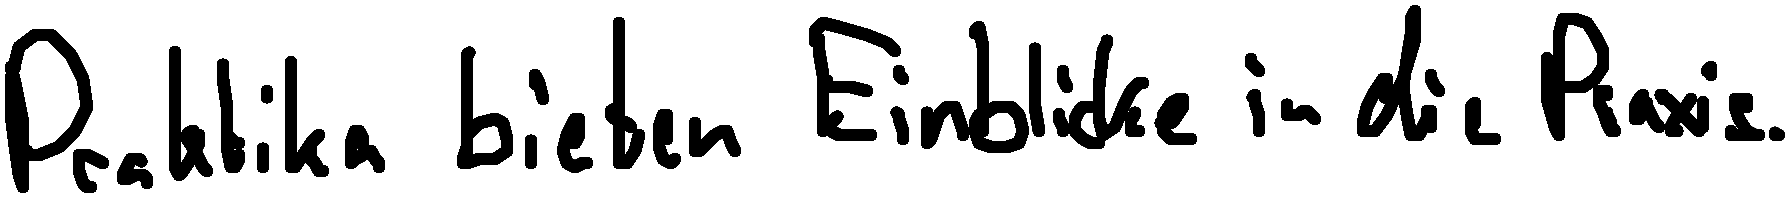
Praktika bieten Einblicke in die Praxis.